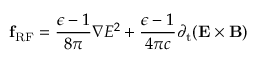
{ \mathbf { f } _ { \mathrm { R F } } } = \frac { \epsilon - 1 } { 8 \pi } \boldsymbol \nabla E ^ { 2 } + \frac { \epsilon - 1 } { 4 \pi c } { \partial _ { \mathrm { t } } } ( { \mathbf { E } } \times { \mathbf { B } } )